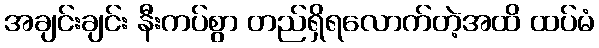
အချင်းချင်း နီးကပ်စွာ တည်ရှိရလောက်တဲ့အထိ ထပ်မံ